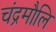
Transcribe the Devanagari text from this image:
चंद्रमौलि